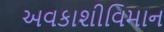
અવકાશીવિમાન